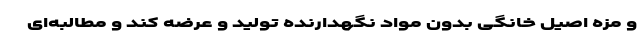
و مزه اصیل خانگی بدون مواد نگهدارنده تولید و عرضه کند و مطالبه‌ای